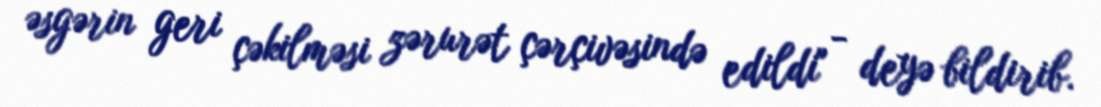
əsgərin geri çəkilməsi zərurət çərçivəsində edildi" - deyə bildirib.